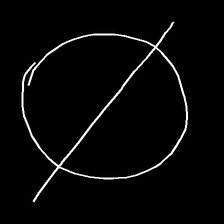
Glyph: orb